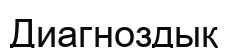
Диагноздық